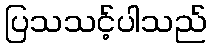
ပြသသင့်ပါသည်